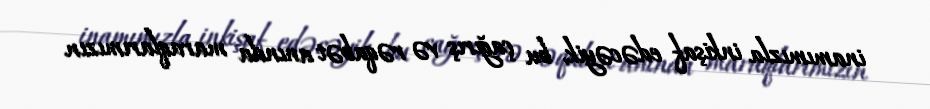
inamımızla inkişaf edəcəyik, bu çağırış və rəqabət anında maraqlarımızın